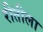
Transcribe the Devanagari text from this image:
रीतीला